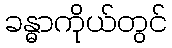
ခန္ဓာကိုယ်တွင်